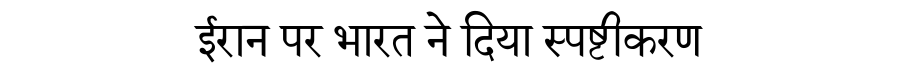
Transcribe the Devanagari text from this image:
ईरान पर भारत ने दिया स्पष्टीकरण